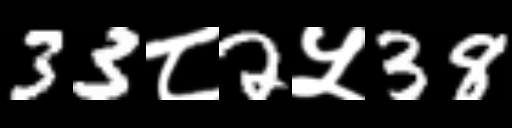
Text: 33८2५38